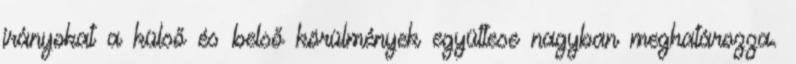
irányokat a külső és belső körülmények együttese nagyban meghatározza.